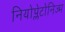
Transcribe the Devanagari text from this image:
नियोप्लेटोनिज्म